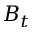
B _ { t }